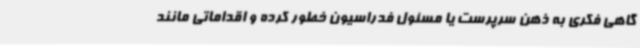
گاهی فکری به ذهن سرپرست یا مسئول فدراسیون خطور کرده و اقداماتی مانند